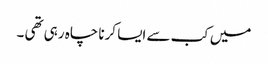
میں کب سے ایسا کرنا چاہ رہی تھی ۔